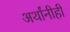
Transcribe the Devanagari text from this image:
अर्थांनीही